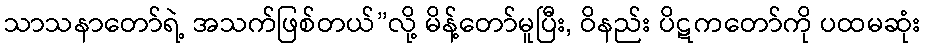
သာသနာတော်ရဲ့ အသက်ဖြစ်တယ်”လို့ မိန့်တော်မူပြီး, ဝိနည်း ပိဋကတော်ကို ပထမဆုံး